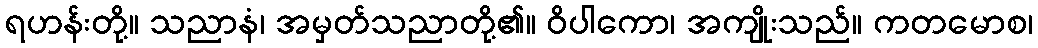
ရဟန်းတို့။ သညာနံ၊ အမှတ်သညာတို့၏။ ဝိပါကော၊ အကျိုးသည်။ ကတမောစ၊